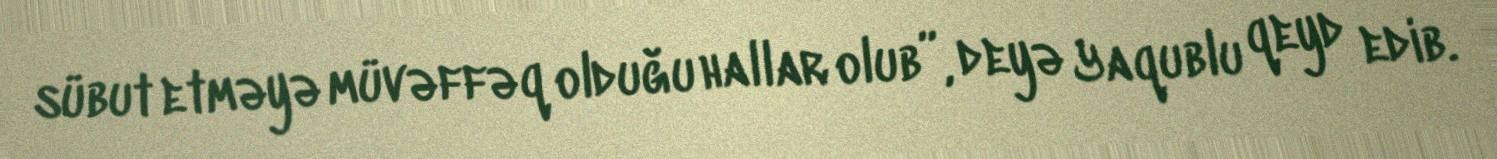
sübut etməyə müvəffəq olduğu hallar olub”, deyə Yaqublu qeyd edib.